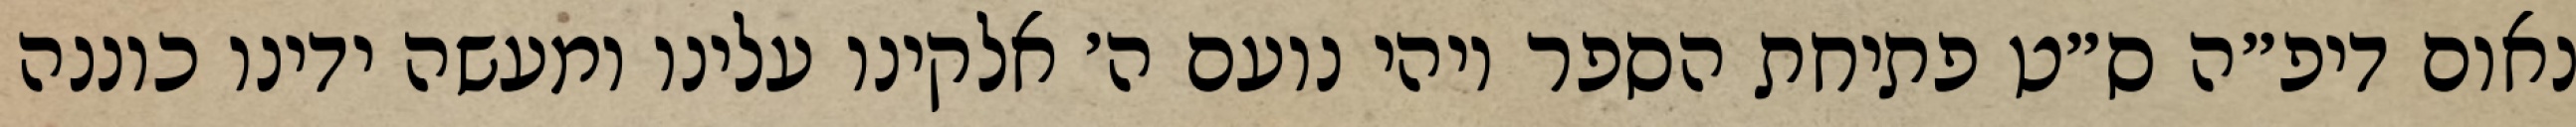
נאום דיפ״ה ס״ט פתיחת הספר ויהי נועם ה׳ אלקינו עלינו ומעשה ידינו כוננה